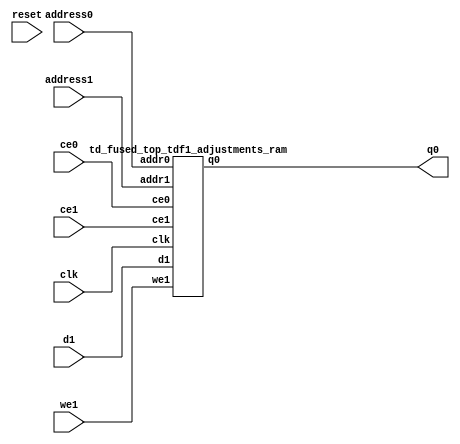
`define EXPONENT 5
`define MANTISSA 10
`define ACTUAL_MANTISSA 11
`define EXPONENT_LSB 10
`define EXPONENT_MSB 14
`define MANTISSA_LSB 0
`define MANTISSA_MSB 9
`define MANTISSA_MUL_SPLIT_LSB 3
`define MANTISSA_MUL_SPLIT_MSB 9
`define SIGN 1
`define SIGN_LOC 15
`define DWIDTH (`SIGN+`EXPONENT+`MANTISSA)
`define IEEE_COMPLIANCE 1

module td_fused_top_tdf1_adjustments(
    reset,
    clk,
    address0,
    ce0,
    q0,
    address1,
    ce1,
    we1,
    d1);

parameter DataWidth = 32'd48;
parameter AddressRange = 32'd16;
parameter AddressWidth = 32'd4;
input reset;
input clk;
input[AddressWidth - 1:0] address0;
input ce0;
output[DataWidth - 1:0] q0;
input[AddressWidth - 1:0] address1;
input ce1;
input we1;
input[DataWidth - 1:0] d1;



td_fused_top_tdf1_adjustments_ram td_fused_top_tdf1_adjustments_ram_U(
    .clk( clk ),
    .addr0( address0 ),
    .ce0( ce0 ),
    .q0( q0 ),
    .addr1( address1 ),
    .ce1( ce1 ),
    .we1( we1 ),
    .d1( d1 )
);

endmodule
module td_fused_top_tdf1_adjustments_ram (addr0, ce0, q0, addr1, ce1, d1, we1,  clk);

parameter DWIDTH = 48;
parameter AWIDTH = 4;
parameter MEM_SIZE = 16;

input[AWIDTH-1:0] addr0;
input ce0;
output wire[DWIDTH-1:0] q0;
input[AWIDTH-1:0] addr1;
input ce1;
input[DWIDTH-1:0] d1;
input we1;
input clk;

 reg [DWIDTH-1:0] ram[MEM_SIZE-1:0];
wire [AWIDTH-1:0] addr0_t0; 
reg [AWIDTH-1:0] addr0_t1; 
reg [DWIDTH-1:0] q0_t0;
reg [DWIDTH-1:0] q0_t1;
wire [AWIDTH-1:0] addr1_t0; 
reg [AWIDTH-1:0] addr1_t1; 
wire [DWIDTH-1:0] d1_t0; 
wire we1_t0; 
reg [DWIDTH-1:0] d1_t1; 
reg we1_t1; 


assign addr0_t0 = addr0;
assign q0 = q0_t1;
assign addr1_t0 = addr1;
assign d1_t0 = d1;
assign we1_t0 = we1;

always @(posedge clk)  
begin
    if (ce0) 
    begin
        addr0_t1 <= addr0_t0; 
        q0_t1 <= q0_t0;
    end
    if (ce1) 
    begin
        addr1_t1 <= addr1_t0; 
        d1_t1 <= d1_t0;
        we1_t1 <= we1_t0;
    end
end


always @(posedge clk)  
begin 
    if (ce0) begin
        q0_t0 <= ram[addr0_t1];
    end
end


always @(posedge clk)  
begin 
    if (ce1) begin
        if (we1_t1) 
            ram[addr1_t1] <= d1_t1; 
    end
end


endmodule